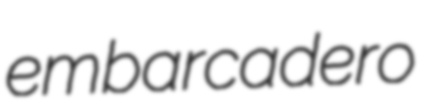
embarcadero